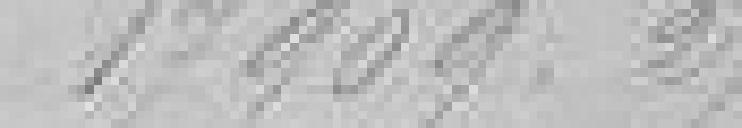
17909,24